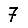
Digit: 7